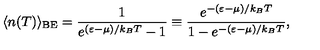
\langle n ( T ) \rangle _ { \mathrm { { B E } } } = \frac { 1 } { e ^ { ( \varepsilon - \mu ) / k _ { B } T } - 1 } \equiv \frac { e ^ { - ( \varepsilon - \mu ) / k _ { B } T } } { 1 - e ^ { - ( \varepsilon - \mu ) / k _ { B } T } } ,